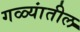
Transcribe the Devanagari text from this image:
गळ्यांतील